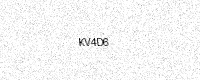
Text: KV4D6